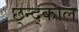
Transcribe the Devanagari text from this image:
छ्न्द्काल